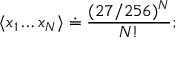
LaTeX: \langle x _ { 1 } \dots x _ { N } \rangle \doteq \frac { ( 2 7 / 2 5 6 ) ^ { N } } { N ! } ;